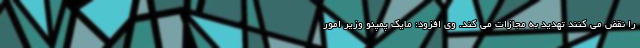
را نقض می کنند تهدید به مجازات می کند. وی افزود: مایک پمپئو وزیر امور